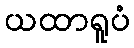
ယထာရူပံ